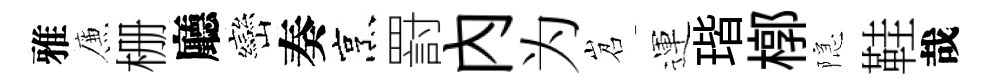
雅簾栅廳巒奏烹罸内为岧運瑎槨隠鞋哉